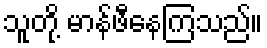
သူတို့ မာန်ဖီနေကြသည်။